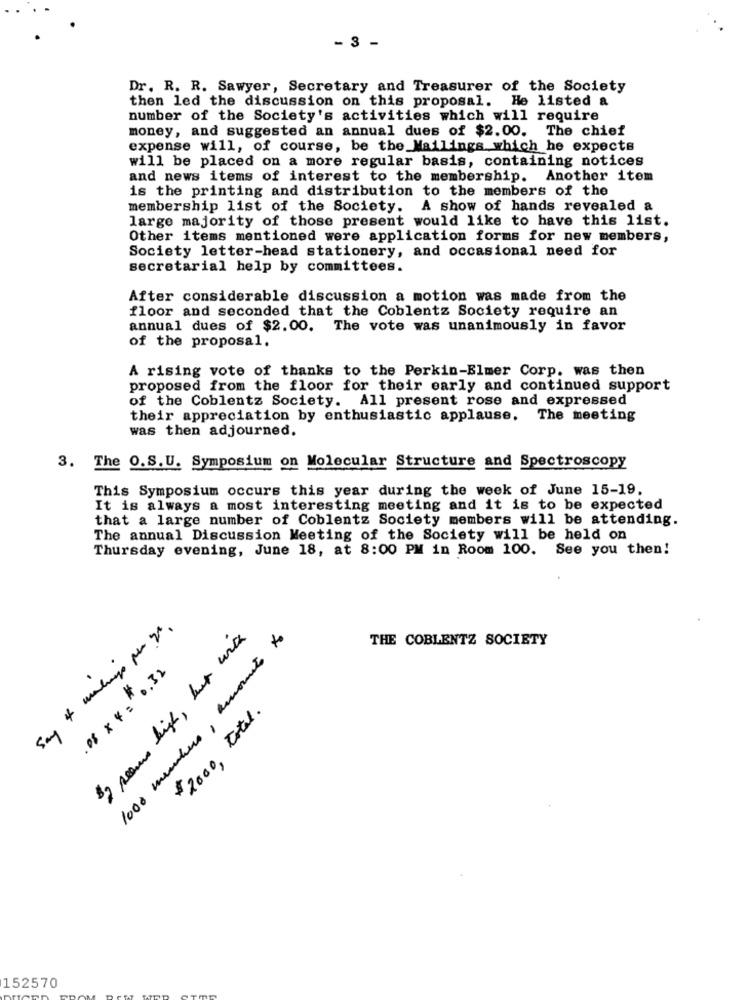
- 3 -
Dr. R. R. Sawyer, Secretary and Treasurer of the Society
then led the discussion on this proposal. He listed a
number of the Society's activities which will require
money, and suggested an annual dues of $2.00. The chief
expense will, of course, be the Mailings which he expects
will be placed on a more regular basis, containing notices
and news items of interest to the membership. Another item
is the printing and distribution to the members of the
membership list of the Society. A show of hands revealed a
large majority of those present would like to have this list.
Other items mentioned were application forms for new members,
Society letter-head stationery, and occasional need for
secretarial help by committees.
After considerable discussion a motion was made from the
floor and seconded that the Coblentz Society require an
annual dues of $2.00. The vote was unanimously in favor
of the proposal.
A rising vote of thanks to the Perkin-Elmer Corp. was then
proposed from the floor for their early and continued support
of the Coblentz Society. All present rose and expressed
their appreciation by enthusiastic applause. The meeting
was then adjourned.
3. The O.S.U. Symposium on Molecular Structure and Spectroscopy
This Symposium occurs this year during the week of June 15-19.
It is always a most interesting meeting and it is to be expected
that a large number of Coblentz Society members will be attending.
The annual Discussion Meeting of the Society will be held on
Thursday evening, June 18, at 8:00 PM in Room 100. See you then!
Say 4 malays per gl .
1000 members, amounts to
$2 seems high, but with
THE COBLENTZ SOCIETY
.08 x 4 = 0.32
$2000, total.
152570